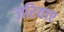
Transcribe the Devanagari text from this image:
ज़रियाए